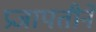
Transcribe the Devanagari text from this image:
प्रजापतीनें